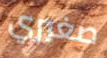
صغيري